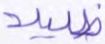
ظليلا